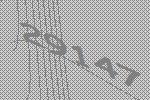
29147